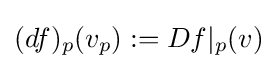
(df)_{p}(v_{p}):=Df|_{p}(v)